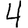
Digit: 4